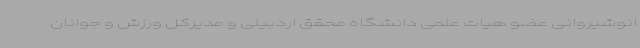
انوشیروانی عضو هیات علمی دانشگاه محقق اردبیلی و مدیرکل ورزش و جوانان